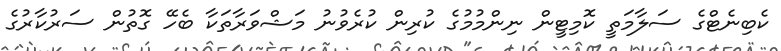
ކެބިނެޓްގެ ސަލާމަތީ ކޮމިޓީން ނިންމުމުގެ ކުރިން ކުރެވުނު މަޝްވަރާތަކާ ބެހޭ ގޮތުން ސަރުކާރުގެ